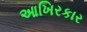
આખિરકાર